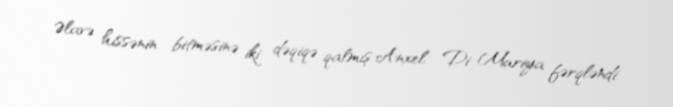
Əlavə hissənin bitməsinə iki dəqiqə qalmış Anxel Di Mariya fərqləndi.